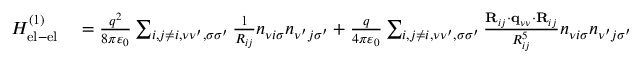
\begin{array} { r l } { H _ { \mathrm { e l - e l } } ^ { ( 1 ) } } & { { } = \frac { q ^ { 2 } } { 8 \pi \varepsilon _ { 0 } } \sum _ { i , j \neq i , \nu \nu ^ { \prime } , \sigma \sigma ^ { \prime } } \frac { 1 } { R _ { i j } } n _ { \nu i \sigma } n _ { \nu ^ { \prime } j \sigma ^ { \prime } } + \frac { q } { 4 \pi \varepsilon _ { 0 } } \sum _ { i , j \neq i , \nu \nu ^ { \prime } , \sigma \sigma ^ { \prime } } \frac { { \bf R } _ { i j } \cdot { \bf q } _ { \nu \nu } \cdot { \bf R } _ { i j } } { R _ { i j } ^ { 5 } } n _ { \nu i \sigma } n _ { \nu ^ { \prime } j \sigma ^ { \prime } } } \end{array}